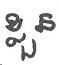
ខ្លួន